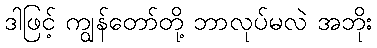
ဒါဖြင့် ကျွန်တော်တို့ ဘာလုပ်မလဲ အဘိုး